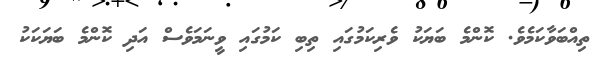
ތިއްބަވާކަމެވެ. ކޮންމެ ބަޔަކު ވެރިކަމުގައި ތިބި ކަމުގައި ވީނަމަވެސް އަދި ކޮންމެ ބަޔަކަކު